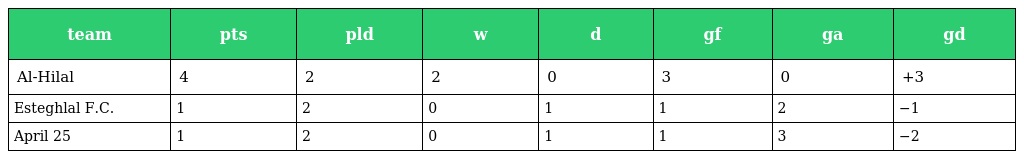
| team | pts | pld | w | d | gf | ga | gd |
 | --- | --- | --- | --- | --- | --- | --- | --- |
 | Al-Hilal | 4 | 2 | 2 | 0 | 3 | 0 | +3 |
 | Esteghlal F.C. | 1 | 2 | 0 | 1 | 1 | 2 | −1 |
 | April 25 | 1 | 2 | 0 | 1 | 1 | 3 | −2 |